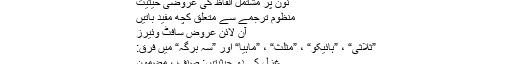
فاعلاتن مفاعلن فعلن
نور اللغات
لغات کی معلومات
نون پر مشتمل الفاظ کی عروضی حیثیت
منظوم ترجمے سے متعلق کچھ مفید باتیں
آن لائن عروض سافٹ وئیرز
”ثلاثی“ ، ”ہائیکو“ ، ”مثلث“ ، ”ماہیا“ اور ”سہ برگہ“ میں فرق:
غزل کی دو حیثیتیں: صنف ، مضمون
نظم اور غزل کی کچھ وضاحت
زحافات کا نقشہ
ریاضت کیا ہے؟